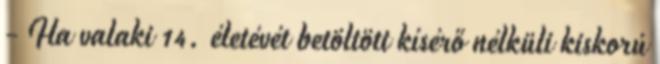
- Ha valaki 14. életévét betöltött kísérő nélküli kiskorú